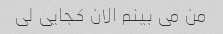
من می بینم الان کجایی لی